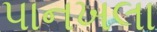
પાનખલા